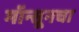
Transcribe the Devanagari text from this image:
मॉन्सूनचा